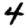
Digit: 4